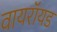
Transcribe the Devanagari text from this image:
वायरॉयड